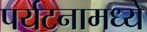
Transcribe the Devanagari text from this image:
पर्यटनामध्ये